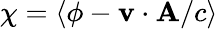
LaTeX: \chi=\left<\phi-\mathbf v\cdot\mathbf A/c\right>